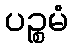
ပဉ္စမံ